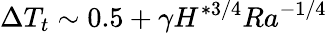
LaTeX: \Delta T_{t}\sim 0.5+\gamma H^{*3/4}Ra^{-1/4}